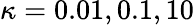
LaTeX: \kappa=0.01,0.1,10